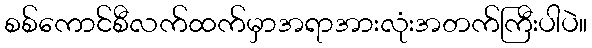
စစ်ကောင်စီလက်ထက်မှာအရာအားလုံးအတက်ကြီးပါပဲ။